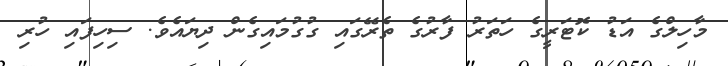
މާހިލްގެ އަޑު ކޮޓަރީގެ ހަތަރު ފާރުގެ ތެރޭގައި ގުގުމައިގެން ދިޔައެވެ. ސިހިފައި ހުރި